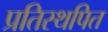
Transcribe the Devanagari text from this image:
प्रतिस्थपित